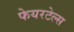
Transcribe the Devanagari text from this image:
फेयरटेल्स